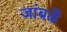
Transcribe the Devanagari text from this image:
जांबळें